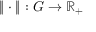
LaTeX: \| \cdot \| : G \to \mathbb { R _ { + } }